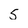
Character: 5